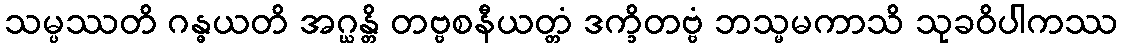
သမ္ပဿတိ ဂန္ဓယတိ အဂ္ဃန္တိ တဗ္ဗစနီယတ္တံ ဒက္ခိတဗ္ဗံ ဘသ္မမကာသိ သုခဝိပါကဿ